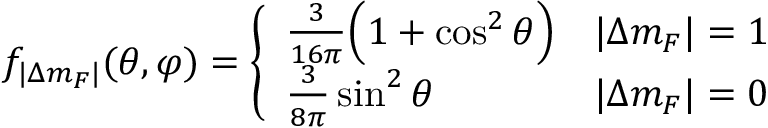
f _ { | \Delta m _ { F } | } ( \theta , \varphi ) = \left\{ \begin{array} { l l } { \frac { 3 } { 1 6 \pi } \Big ( 1 + \cos ^ { 2 } \theta \Big ) } & { | \Delta m _ { F } | = 1 } \\ { \frac { 3 } { 8 \pi } \sin ^ { 2 } \theta } & { | \Delta m _ { F } | = 0 } \end{array} \right.